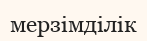
мерзімділік